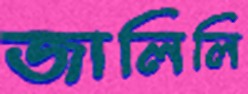
জালিলি